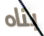
بناه